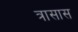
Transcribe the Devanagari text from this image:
त्रासास